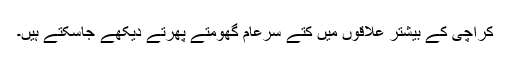
کراچی کے بیشتر علاقوں میں کتے سرعام گھومتے پھرتے دیکھے جاسکتے ہیں۔